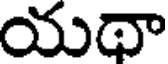
యథా